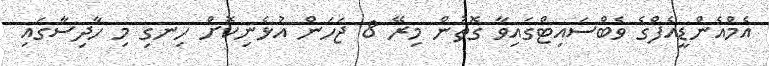
އެމްއެންޑީއެފްގެ ވެބްސައިޓްގައިވާ ގޮތުން މިރޭ 8 ޖަހަން އުޅެނިކޮށް ހިނގި މި ހާދިސާގައި